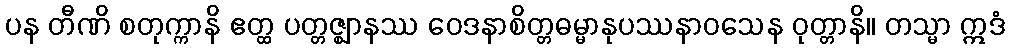
ပန တီဏိ စတုက္ကာနိ ဧတ္ထ ပတ္တဇ္ဈာနဿ ဝေဒနာစိတ္တဓမ္မာနုပဿနာဝသေန ဝုတ္တာနိ။ တသ္မာ ဣဒံ